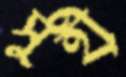
সুহী